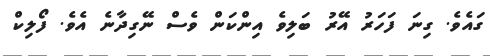
ގައެވެ. ގިނަ ފަހަރު އޭރު ބަލިވެ އިންކަން ވެސް ނޭގިދާނެ އެވެ. ފޯލިކް